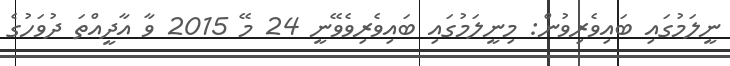
ނީލަމުގައި ބައިވެރިވުން: މިނީލަމުގައި ބައިވެރިވެވޭނީ 24 މޭ 2015 ވާ އާދީއްތަ ދުވަހުގެ